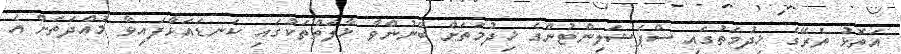
އަތޮޅު ތެރޭގެ ޚިދުމަތުގައި ސްޕެޝަލިންޓުންގެ ޚިދުމަތަށް ބޭނުންވާ ޚާލަތްތަކުގައި ކަނޑައަޅާފައިވާ މުއްދަތަށް އެ